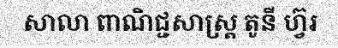
សាលា ពាណិជ្ជសាស្ត្រ តូនី ហ្វ៊រ